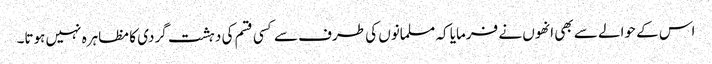
اس کے حوالے سے بھی انھوں نے فرمایا کہ مسلمانوں کی طرف سے کسی قسم کی دہشت گردی کا مظاہرہ نہیں ہوتا۔